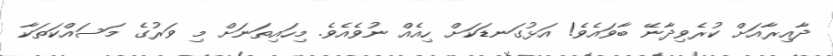
ދާއިރާއަށް ކުރެވިދާނޭ ބާވައެވެ! އަޅުގަނޑަކަށް ހިއެއް ނުވެއެވެ. މިހައިތަނަށް މި ވަރުގެ މަސައްކަތަކާ